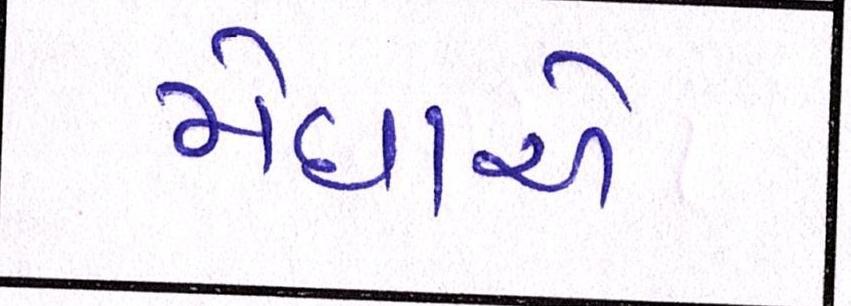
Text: મેઘાએ